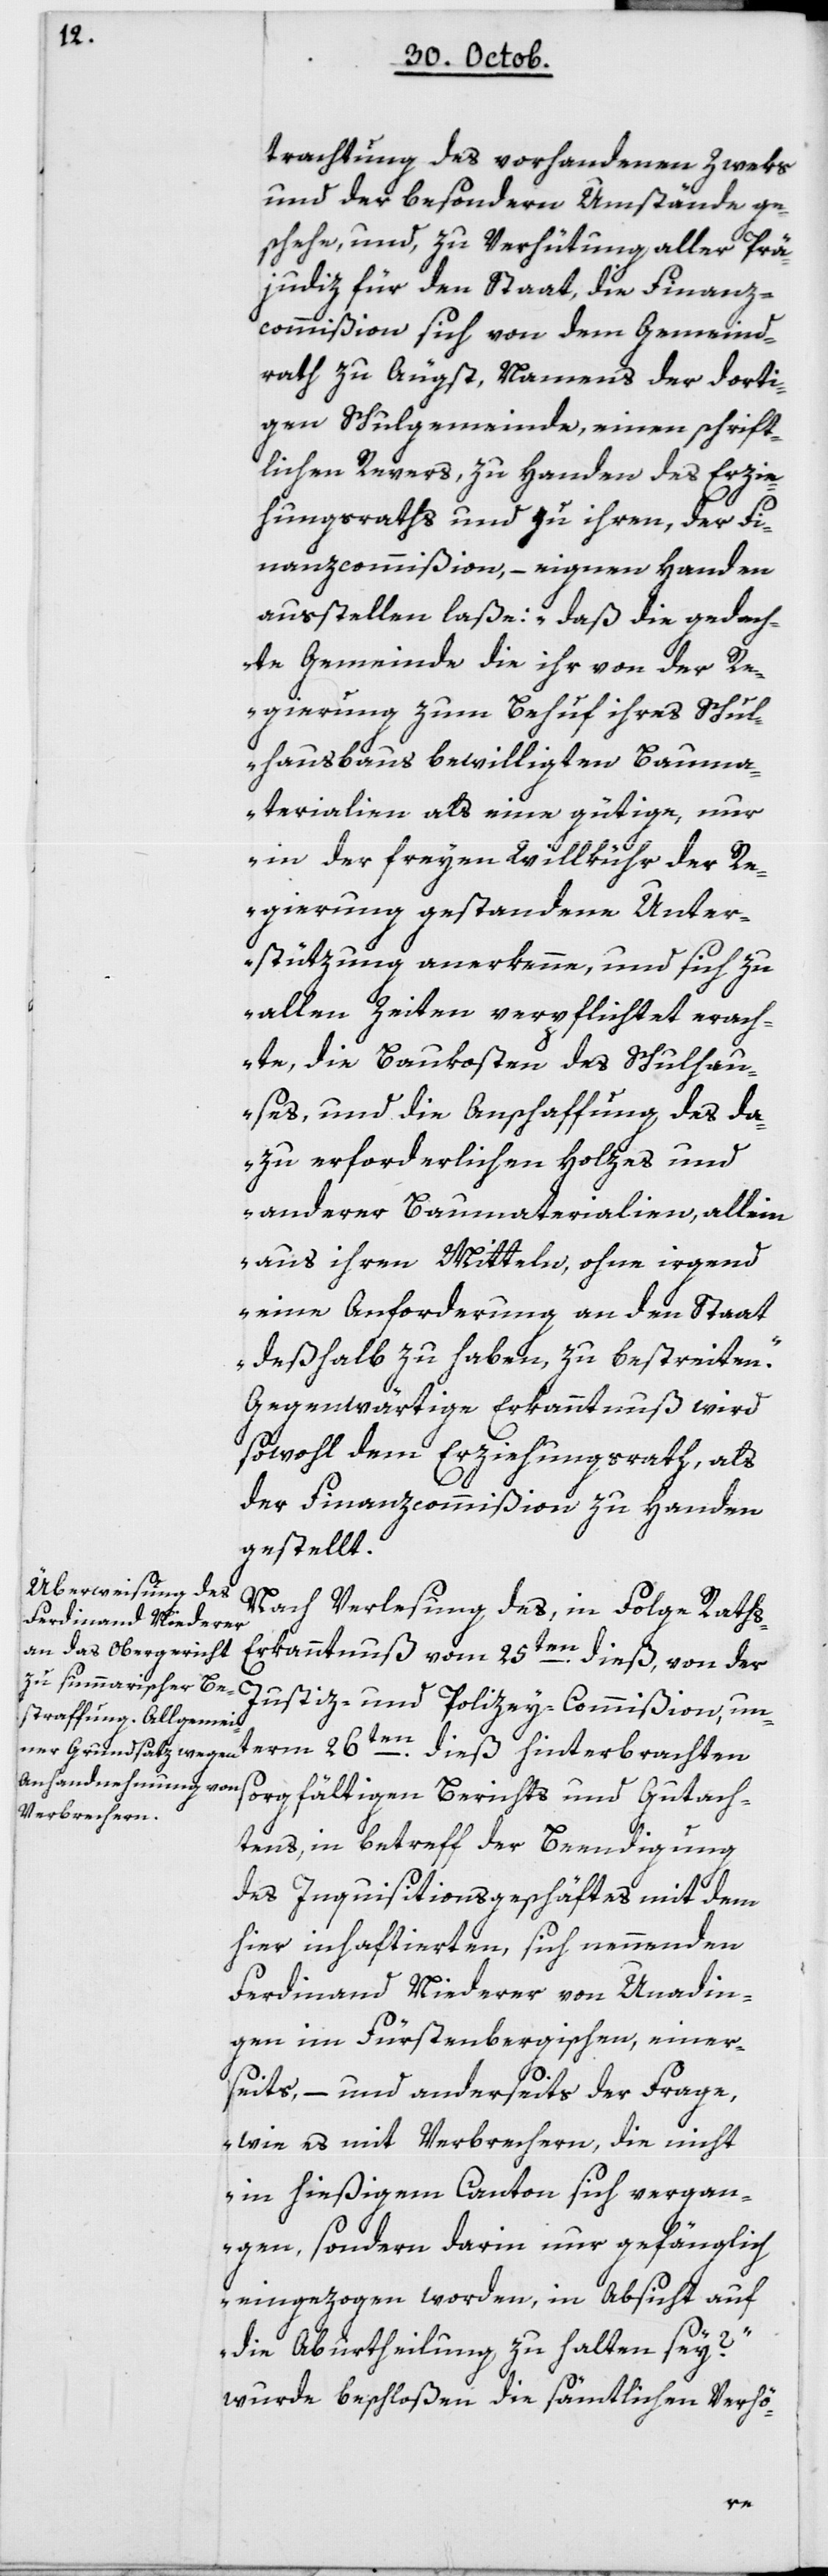
trachtung des vorhandenen Zweks
und der besondern Umstände ge¬
schehe, und zu Verhütung aller Prä¬
judiz für den Staat, die Finanz¬
commißion sich von dem Gemeind¬
rath zu Äugst, namens der dorti¬
gen Schulgemeinde, einen schrift¬
lichen Revers zu Handen des Erzie¬
hungsraths und zu ihren, der Fi¬
nanzcommißion eignen Handen
ausstellen laße: „Daß die gedach¬
te Gemeinde die ihr von der Re¬
gierung zum Behuf ihres Schul¬
hausbaus bewilligten Bauma¬
terialien als eine gütige, nur
in der freyen Willkühr der Re¬
gierung gestandene Unter¬
stützung anerkenne, und sich zu
allen Zeiten verpflichtet erach¬
te, die Baukosten des Schulhau¬
ses und die Anschaffung des da¬
zu erforderlichen Holzes und
anderer Baumaterialien, allein
aus ihren Mitteln, ohne irgend
eine Anforderung an den Staat
deshalb zu haben, zu bestreiten.“
Gegenwärtige Erkanntnuß wird
sowohl dem Erziehungsrath als
der Finanzcommißion zu Handen
gestellt.
Nach Verlesung des, in Folge Raths¬
erkanntnuß vom 25ten dieß, von der
Justiz- und Polizey-Commißion, un¬
sorgfältigen Berichts und Gutach¬
tens, in betreff der Beendigung
des Inquisitionsgeschäftes mit dem
hier inhaftierten, sich nennenden
Ferdinand Niederer von Unadin¬
gen im Fürstenbergischen, einer¬
seits, – und anderseits der Frage,
„wie es mit Verbrechern, die nicht
in hießigem Canton sich ergan¬
gen, sondern darin nur gefänglich
eingezogen worden, in Absicht auf
die Aburtheilung zu halten sey?“
wurde beschloßen, die sämtlichen Verhö-
dieß